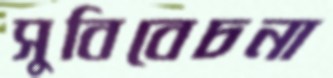
সুবিবেচনা